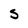
Character: S